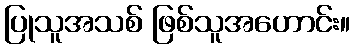
ပြုသူအသစ် ဖြစ်သူအဟောင်း။